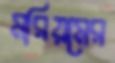
মরিয়মের